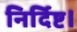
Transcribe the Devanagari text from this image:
निर्दिष्ट।